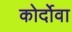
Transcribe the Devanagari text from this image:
कोर्दोवा